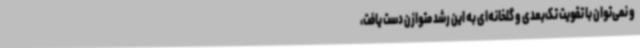
و نمی‌توان با تقویت تک‌بعدی و گلخانه‌ای به این رشد متوازن دست یافت،